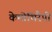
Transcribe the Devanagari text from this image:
केमोथिरैपी